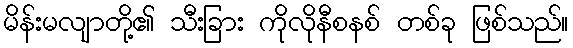
မိန်းမလျာတို့၏ သီးခြား ကိုလိုနီစနစ် တစ်ခု ဖြစ်သည်။